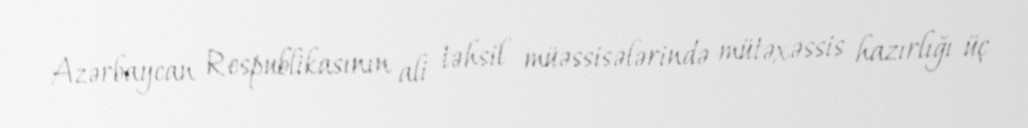
Azərbaycan Respublikasının ali təhsil müəssisələrində mütəxəssis hazırlığı üç